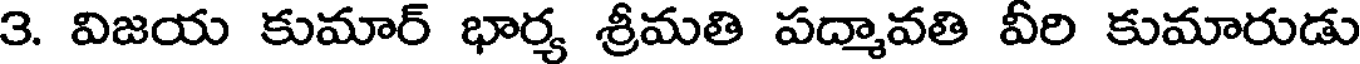
3. విజయ కుమార్ భార్య శ్రీమతి పద్మావతి వీరి కుమారుడు